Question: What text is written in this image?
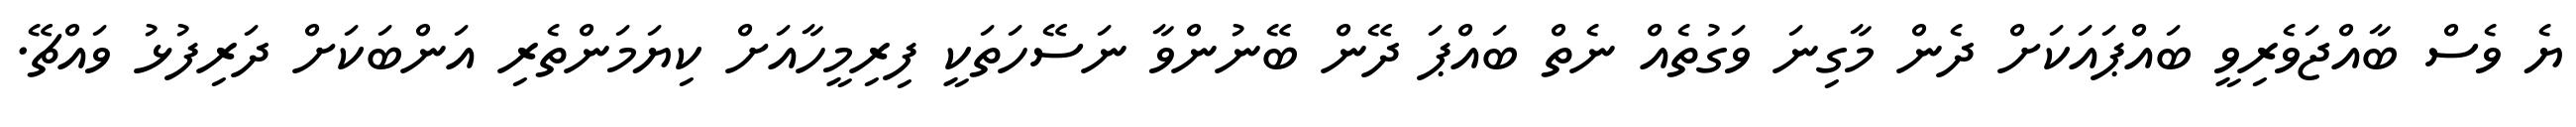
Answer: ޔެ ވެސް ބާއްޖަވެރިވީ ބައްޕައަކަށް ދެން މާގިނަ ވަގުތެއް ނެތް ބައްޕަ ދޭން ބޭނުންވާ ނަސޭހަތަކީ ފިރިމީހާއަށް ކިޔަމަންތެރި އަންބަކަށް ދަރިފުޅު ވައްޗޭ.